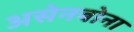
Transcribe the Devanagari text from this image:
असेनबोना